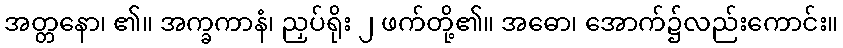
အတ္တနော၊ ၏။ အက္ခကာနံ၊ ညှပ်ရိုး ၂ ဖက်တို့၏။ အဓော၊ အောက်၌လည်းကောင်း။